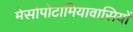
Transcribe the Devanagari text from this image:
मेसोपोटामियावासियों